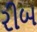
રીબ